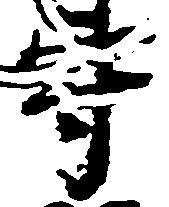
守